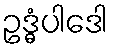
ဥဒ္ဓံပါဒေါ